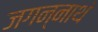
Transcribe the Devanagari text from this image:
जगन्नाथं